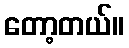
တော့တယ်။